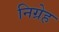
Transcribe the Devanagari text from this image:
निग्रेह